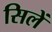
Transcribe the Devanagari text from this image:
सिलें